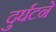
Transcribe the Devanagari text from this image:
दुर्घटने